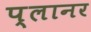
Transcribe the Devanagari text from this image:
प्‍लानर